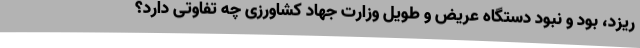
ریزد، بود و نبود دستگاه عریض و طویل وزارت جهاد کشاورزی چه تفاوتی دارد؟